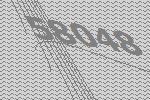
58048